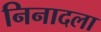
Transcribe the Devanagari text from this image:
निनादला